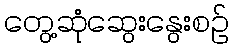
တွေ့ဆုံဆွေးနွေးစဉ်